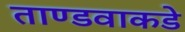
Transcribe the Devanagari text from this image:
ताण्डवाकडे